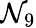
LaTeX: \mathcal{N}_{9}